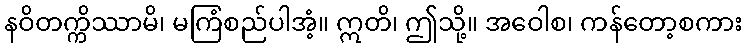
နဝိတက္ကိဿာမိ၊ မကြံစည်ပါအံ့။ ဣတိ၊ ဤသို့။ အဝေါစ၊ ကန်တော့စကား